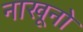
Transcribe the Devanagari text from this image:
नाखूनो